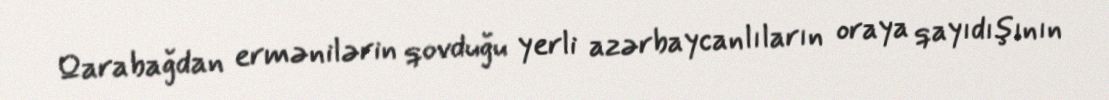
Qarabağdan ermənilərin qovduğu yerli azərbaycanlıların oraya qayıdışının